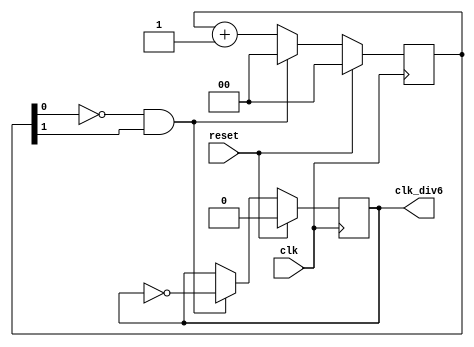
module clk_div
(
	input	wire	clk,
	input	wire	reset,
	output  reg	clk_div6
);

reg [1:0] stage;

always @(posedge clk)
if (reset)
	{clk_div6, stage} <= 4'h0;
else begin
	clk_div6 <= (stage[0] == 0 && stage[1] == 1) ? ~clk_div6 : clk_div6;
	stage <= (stage[0] == 0 && stage[1] == 1) ? 2'h0 : stage + 1;
end
endmodule